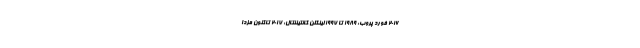
2016 فورد پروب: 1989 تا 1997 لینکلن کانتیننتال: 2017 تاکنون مزدا